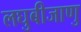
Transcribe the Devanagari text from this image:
लघुबीजाणु